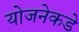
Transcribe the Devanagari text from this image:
योजनेकडे